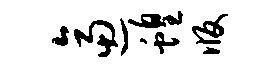
逼蝗版